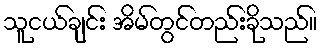
သူငယ်ချင်း အိမ်တွင်တည်းခိုသည်။